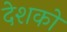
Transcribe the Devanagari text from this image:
देशको